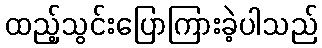
ထည့်သွင်းပြောကြားခဲ့ပါသည်